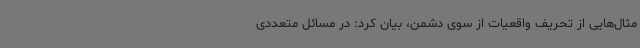
مثال‌هایی از تحریف واقعیات از سوی دشمن، بیان کرد: در مسائل متعددی